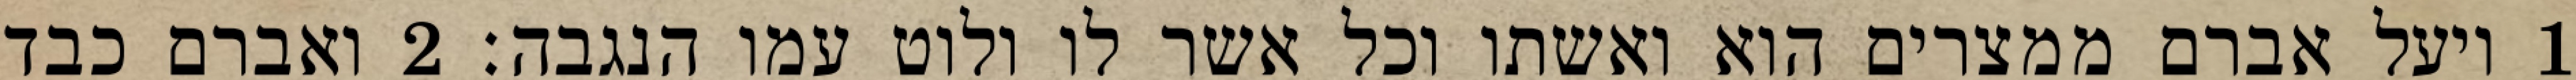
1 ויעל אברם ממצרים הוא ואשתו וכל אשר לו ולוט עמו הנגבה׃ ‎2‏ ואברם כבד